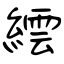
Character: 繧